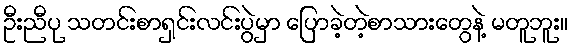
ဦးညီပု သတင်းစာရှင်းလင်းပွဲမှာ ပြောခဲ့တဲ့စာသားတွေနဲ့ မတူဘူး။